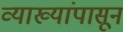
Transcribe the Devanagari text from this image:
व्याख्यांपासून